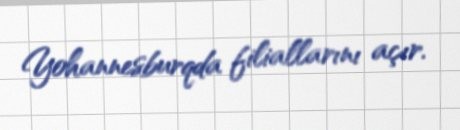
Yohannesburqda filiallarını açır.